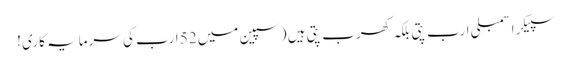
سپیکر اسمبلی ارب پتی بلکہ کھرب پتی ہیں (سپین میں 52 ارب کی سرمایہ کاری!